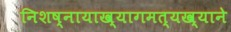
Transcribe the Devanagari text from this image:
निशष्नायाख्यागमत्यख्याने